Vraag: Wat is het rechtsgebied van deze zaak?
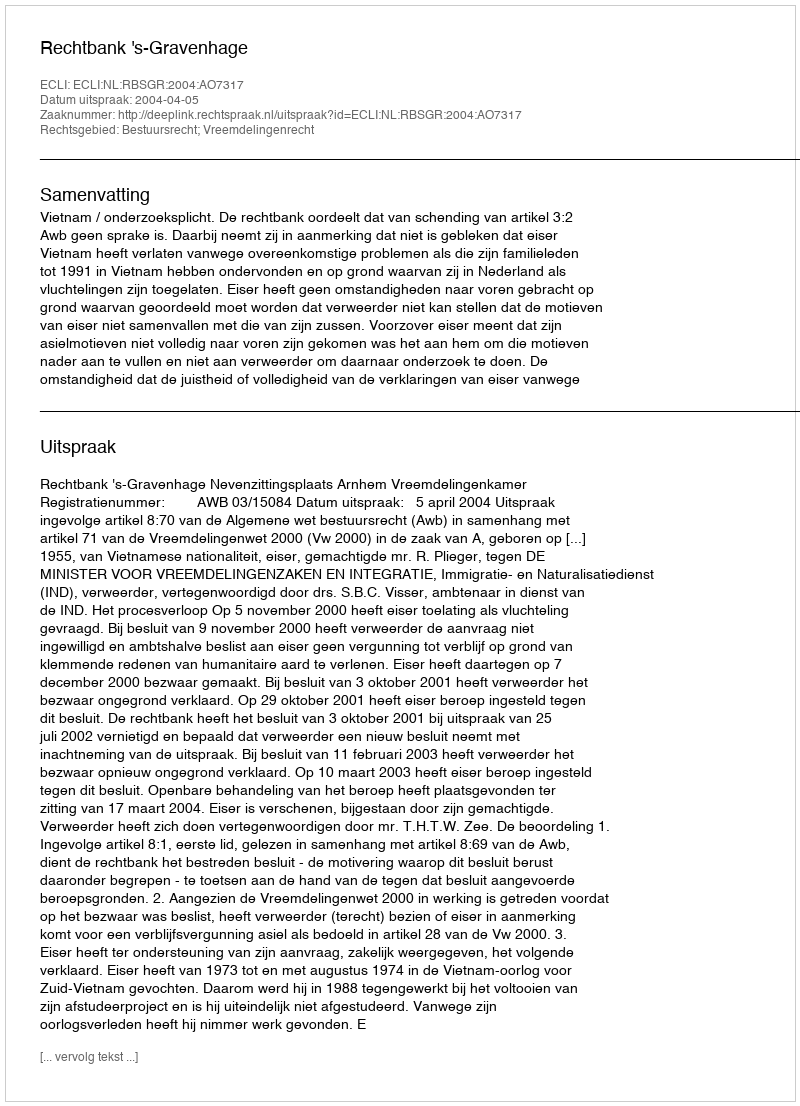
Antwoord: Bestuursrecht; Vreemdelingenrecht